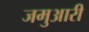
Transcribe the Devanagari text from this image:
जमुआरी